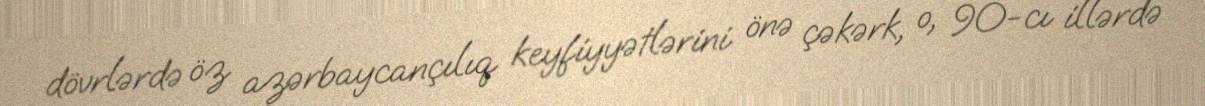
dövrlərdə öz azərbaycançılıq keyfiyyətlərini önə çəkərk, o, 90-cı illərdə